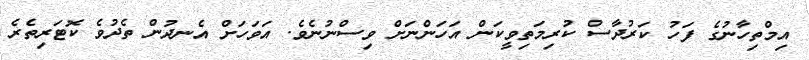
އިމްތިހާނުގެ ފަހު ކަރުދާސް ކުރިމަތިވީކަން އަހަންނަށް ވިސްނުނެވެ. އަވަހަށް އެނދުން ތެދުވެ ކޮޓަރިތެރެ